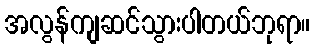
အလွန်ကျဆင်သွားပါတယ်ဘုရာ။